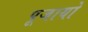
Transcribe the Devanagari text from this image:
पूजायो